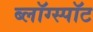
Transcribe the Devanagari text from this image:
ब्लॉग्स्पॉट